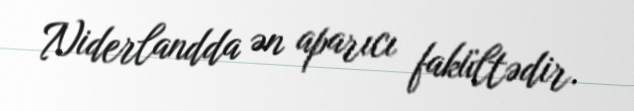
Niderlandda ən aparıcı fakültədir.